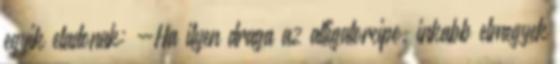
egyik eladonak: -Ha ilyen draga az alligatorcipo, inkabb elmegyek